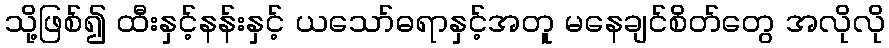
သို့ဖြစ်၍ ထီးနှင့်နန်းနှင့် ယသော်ဓရာနှင့်အတူ မနေချင်စိတ်တွေ အလိုလို